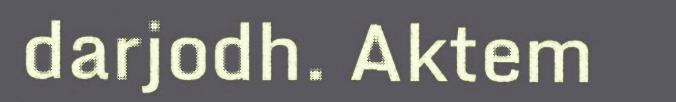
darjodh. Aktem